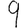
Digit: 9